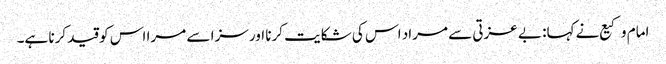
امام وکیع نے کہا: بے عزتی سے مراد اس کی شکایت کرنا اور سزا سے مرا اس کو قید کرنا ہے۔